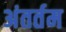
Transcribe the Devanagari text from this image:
अंतर्तम